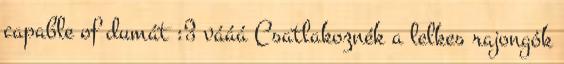
capable of dumát :3 vááá Csatlakoznék a lelkes rajongók